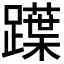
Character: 𨆡